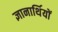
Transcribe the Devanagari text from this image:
ज्ञानार्थियों